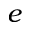
e